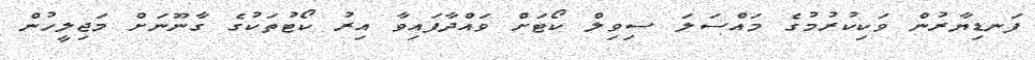
ފަނޑިޔާރުން ވަކިކުރުމުގެ މައްސަލަ ސިވިލް ކޯޓަށް ވައްދާފައިވާ އިރު ކޯޓުތަކުގެ ގާނޫނަށް މަޖިލީހުން